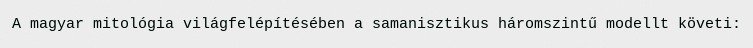
A magyar mitológia világfelépítésében a samanisztikus háromszintű modellt követi: